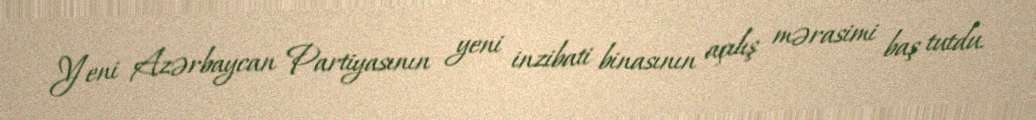
Yeni Azərbaycan Partiyasının yeni inzibati binasının açılış mərasimi baş tutdu.